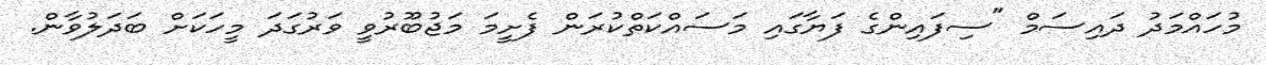
މުހައްމަދު ދައިސަމް "ސިފައިންގެ ފަޔާގައި މަސައްކަތްކުރަން ފެށީމަ މަޖުބޫރުވީ ވަރުގަދަ މީހަކަށް ބަދަލުވާން.